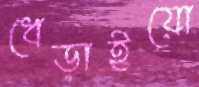
ধেড়াইয়ো